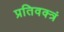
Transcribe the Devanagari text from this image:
प्रतिवक्त्रं